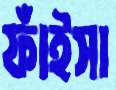
ফাঁইসা